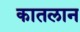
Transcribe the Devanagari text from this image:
कातलान